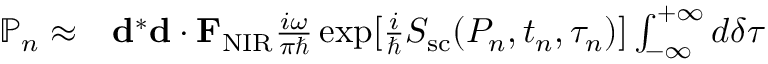
\begin{array} { r l } { \mathbb { P } _ { n } \approx } & { { } { \bf d } ^ { * } { \bf d } \cdot { \bf F } _ { \mathrm { N I R } } \frac { i \omega } { \pi \hbar } \exp [ { \frac { i } { \hbar } S _ { \mathrm { s c } } ( P _ { n } , t _ { n } , \tau _ { n } ) } ] \int _ { - \infty } ^ { + \infty } d \delta \tau } \end{array}